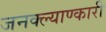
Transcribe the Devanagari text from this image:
जनक्ल्याण्कारी